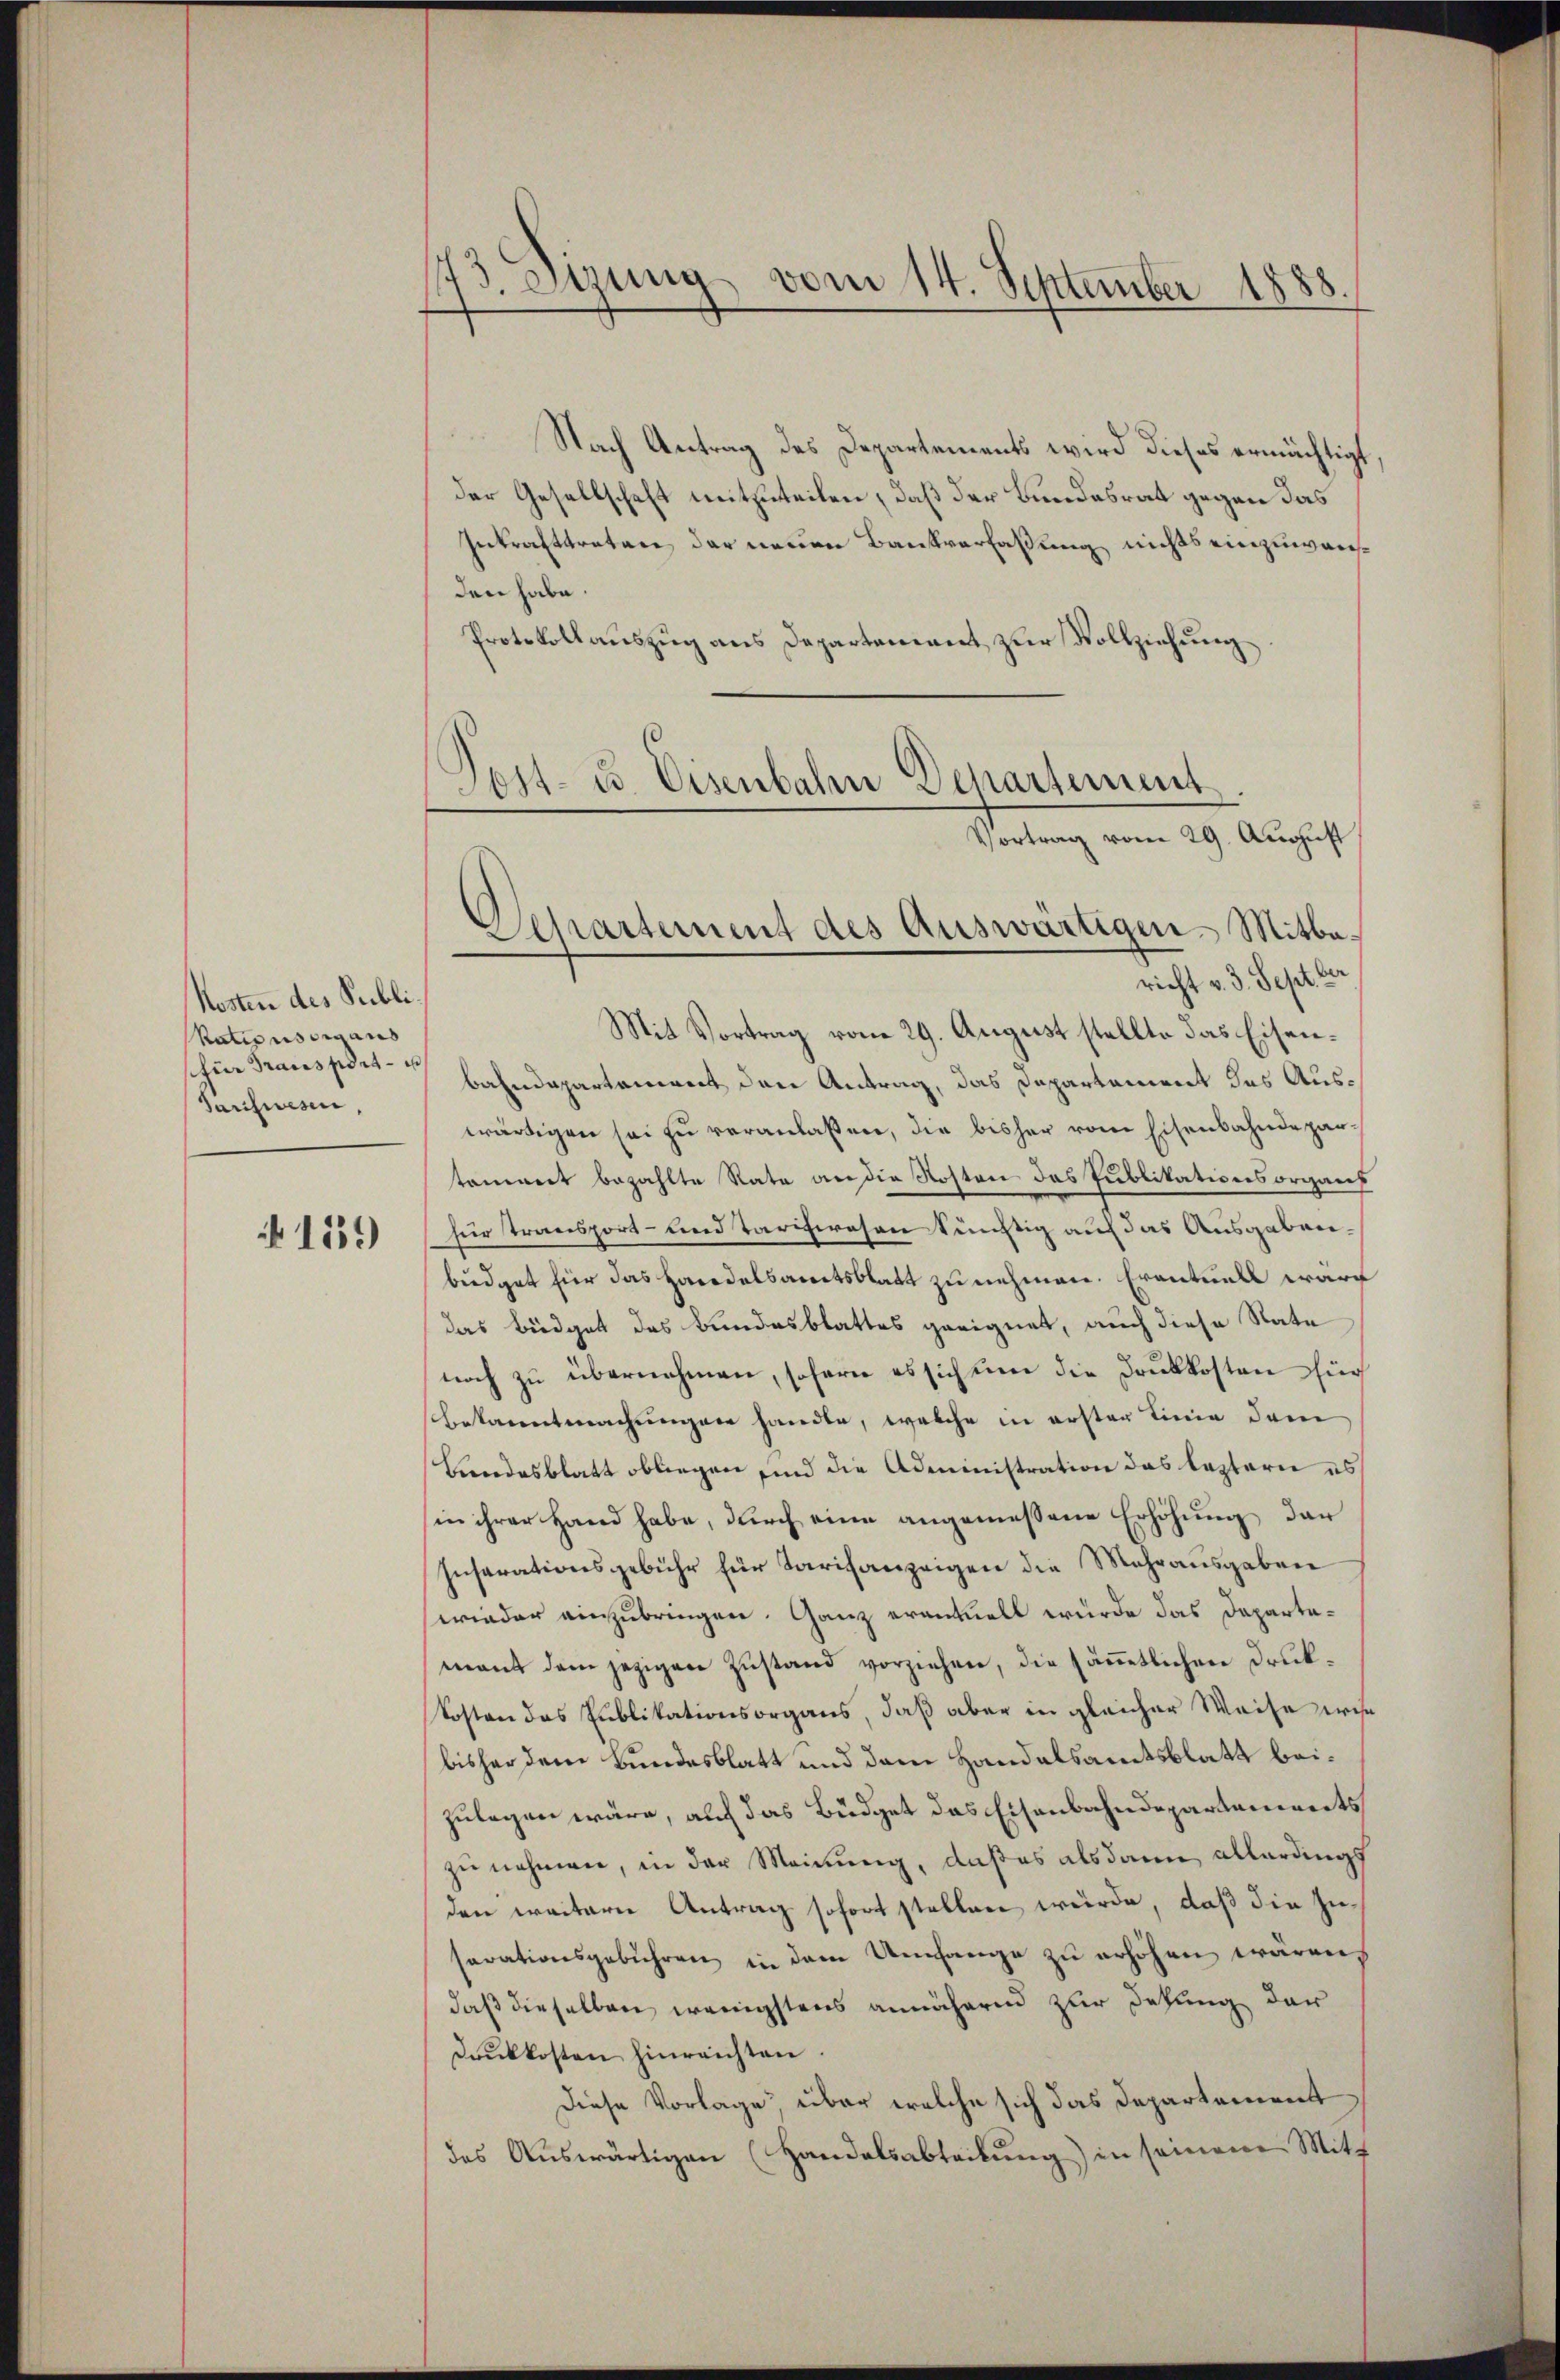
Kosten des Publi¬
Nationssig aus
schier Transport- u
Janisiesen,

1559

173. Sizung vom 14. September
888.

Nach Antrag des Departements wird dieses ermächtigt,
der Gesellschaft mitzuteilen, daß der Bundesrat gegen das
Inkrafttreten, der neuen Bankverfassung nichts einzuweisden habe.
Protokollauszug aus Departement zur Vollziehung
Post- u. Eisenbahn Departement

Vortrag vom 29. August
Separtement des Auswärtigen-Mitbericht v. 3. Sept. 1

Mit Vortrag vom 29. August stellte das Eisenbahndepartement den Antrag, das Departament das Auswärtigen sei zu veranlaßen, die bisher vom Eisenbahndepartammert bezahlte Rate an die Kosten das Publikationsorgans
hür Transport- und Tarchwesen tüchtig auf das Ausgabenbüdget für das Handelsamtsblatt zu nehmen. Eventuell warf
das Büdget das Bundesblattes geeignet, auch diese Rate
noch zu übernehmen, sofern es sich um die Druckkosten für
bekanntmachungen handte, welche in erster Linie dem
Bundesblatt obliegen sind die Administration das leztern es
in ihrer Hand habe, durch eine angemessene Erhöhung der
Insarationsgebühr für Tarifanzeigen die Mehrausgaben
wieder einzubringen. Ganz erantuell wurde das Departemant dem jezigen Zustand vorziehen, die sämmtlichen Druk¬
Kosten das Publikationsorgans, daß aber in gleicher Weise wese
bisher dem Bundesblatt und dem Handalsamtsblatt beizulegen wäre, auf das Büdget das Eisenbahndepartements
zu nehmen, in der Meinung, daß es alsdann allerdings
den weitern Antrag sofort stellen würde, daß die Zusarationsgebühren in dem Umfange zu erhöhen wären,
daß dieselben wenigstens annäheren zur Desung der
Druckkosten hinreichten
Diese Vorlage über welche sich das Departement
das Auswärtigen (Handelsabteilung) in seinen Mitt